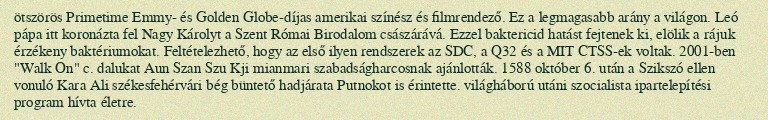
ötszörös Primetime Emmy- és Golden Globe-díjas amerikai színész és filmrendező. Ez a legmagasabb arány a világon. Leó pápa itt koronázta fel Nagy Károlyt a Szent Római Birodalom császárává. Ezzel baktericid hatást fejtenek ki, elölik a rájuk érzékeny baktériumokat. Feltételezhető, hogy az első ilyen rendszerek az SDC, a Q32 és a MIT CTSS-ek voltak. 2001-ben "Walk On" c. dalukat Aun Szan Szu Kji mianmari szabadságharcosnak ajánlották. 1588 október 6. után a Szikszó ellen vonuló Kara Ali székesfehérvári bég büntető hadjárata Putnokot is érintette. világháború utáni szocialista ipartelepítési program hívta életre.